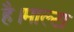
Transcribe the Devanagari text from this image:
है।माल्टा